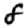
Digit: 8